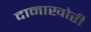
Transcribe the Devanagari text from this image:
दानाखोरी